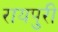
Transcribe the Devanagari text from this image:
रायपुरी